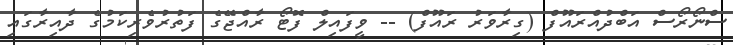
ސްނޯރޯސް އަބްދުއްރައޫފް (ގިރާވަރު ރައޫފް) -- ވީފައިލް ފޮޓޯ ރާއްޖޭގެ ފަތުރުވެރިކަމުގެ ދާއިރާގައި